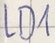
Text: LD1